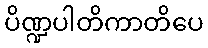
ပိဏ္ဍပါတိကာတိပေ